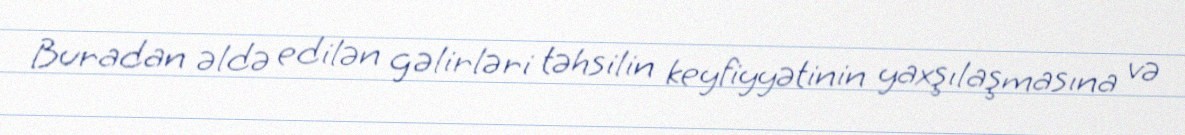
Buradan əldə edilən gəlirləri təhsilin keyfiyyətinin yaxşılaşmasına və